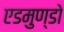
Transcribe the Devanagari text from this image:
एडमुण्डो